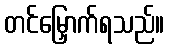
တင်မြှောက်ရသည်။